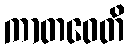
ကာတဝေတိ